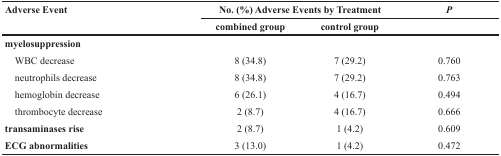
| Adverse Event | <COLSPAN=2> No. (%) Adverse Events by Treatment | P |
 |  | combined group | control group |  |
 | --- | --- | --- | --- |
 | <COLSPAN=4> myelosuppression |
 | WBC decrease | 8 (34.8) | 7 (29.2) | 0.760 |
 | neutrophils decrease | 8 (34.8) | 7 (29.2) | 0.763 |
 | hemoglobin decrease | 6 (26.1) | 4 (16.7) | 0.494 |
 | thrombocyte decrease | 2 (8.7) | 4 (16.7) | 0.666 |
 | transaminases rise | 2 (8.7) | 1 (4.2) | 0.609 |
 | ECG abnormalities | 3 (13.0) | 1 (4.2) | 0.472 |